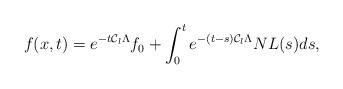
LaTeX: \begin{align*}f(x,t)=e^{-t\mathcal{C}_l\Lambda}f_0+\int_0^te^{-(t-s)\mathcal{C}_l\Lambda}NL(s)ds,\end{align*}